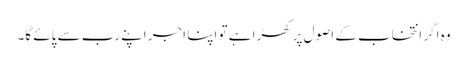
وہ اگر انتخاب کے اصول پر کھڑا ہے تو اپنا اجر اپنے رب سے پائے گا۔